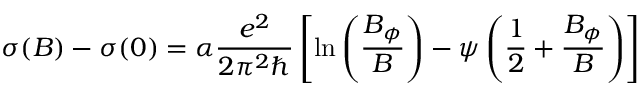
\sigma ( B ) - \sigma ( 0 ) = \alpha { \frac { e ^ { 2 } } { 2 \pi ^ { 2 } \hbar } } \left[ \ln \left( { \frac { B _ { \phi } } { B } } \right) - \psi \left( { \frac { 1 } { 2 } } + { \frac { B _ { \phi } } { B } } \right) \right]